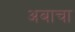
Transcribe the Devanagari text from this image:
अबाचा